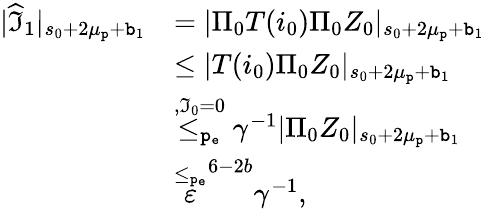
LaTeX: \begin{array}{rl}{|\widehat{\mathfrak{I}}_{1}|_{s_{0}+2\mu_{\mathtt{p}}+\mathtt{b}_{1}}}&{=|\Pi_{0}T(i_{0})\Pi_{0}Z_{0}|_{s_{0}+2\mu_{\mathtt{p}}+\mathtt{b}_{1}}}\\ &{\le|T(i_{0})\Pi_{0}Z_{0}|_{s_{0}+2\mu_{\mathtt{p}}+\mathtt{b}_{1}}}\\ &{\overset{,\mathfrak{I}_{0}=0}{\le_{\mathtt{p_{e}}}}\gamma^{-1}|\Pi_{0}Z_{0}|_{s_{0}+2\mu_{\mathtt{p}}+\mathtt{b}_{1}}}\\ &{\overset{\le_{\mathtt{p_{e}}}}\varepsilon^{6-2b}\gamma^{-1},}\end{array}